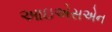
આઇએસએન